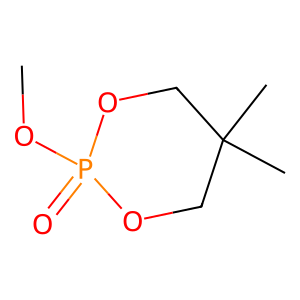
SMILES: COP1(=O)OCC(C)(C)CO1
Inhibits HIV replication: No